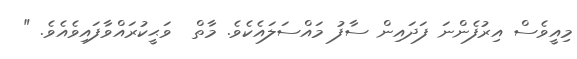
މިއީވެސް އިރުފެންނަ ފަދައިން ސާފު މައްސަލައެކެވެ. މާތް  ވަޙީކުރައްވާފައިވެއެވެ. "